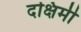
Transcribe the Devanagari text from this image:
दक्षिमी